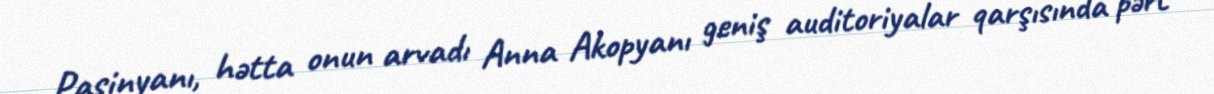
Paşinyanı, hətta onun arvadı Anna Akopyanı geniş auditoriyalar qarşısında pərt